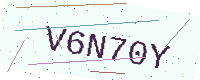
Text: V6N70Y